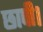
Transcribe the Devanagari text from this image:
छापी।